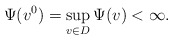
\begin{align*}\Psi(v^0)=\sup_{v\in D}\Psi(v)<\infty. \end{align*}